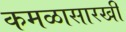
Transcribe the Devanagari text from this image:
कमळासारखी